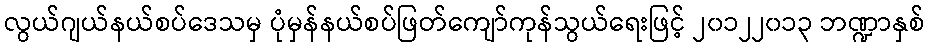
လွယ်ဂျယ်နယ်စပ်ဒေသမှ ပုံမှန်နယ်စပ်ဖြတ်ကျော်ကုန်သွယ်ရေးဖြင့် ၂၀၁၂၂၀၁၃ ဘဏ္ဍာနှစ်